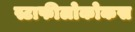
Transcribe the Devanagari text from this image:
स्टाफीलोकोकस